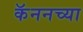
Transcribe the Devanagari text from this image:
कॅननच्या